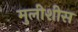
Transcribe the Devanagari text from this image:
मुलीशीस